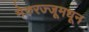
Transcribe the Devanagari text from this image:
मेरुरज्जूमधून